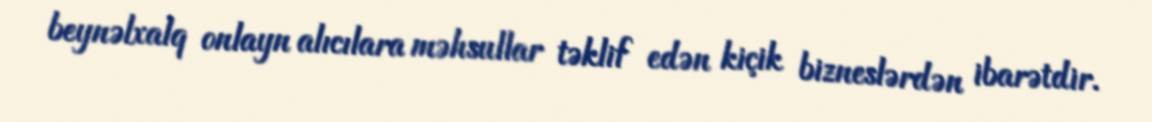
beynəlxalq onlayn alıcılara məhsullar təklif edən kiçik bizneslərdən ibarətdir.